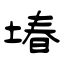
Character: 堾